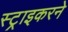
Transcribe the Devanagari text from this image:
स्ट्राइकरने